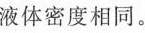
液体密度相同。